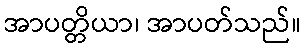
အာပတ္တိယာ၊ အာပတ်သည်။